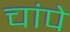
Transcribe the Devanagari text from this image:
चांपे